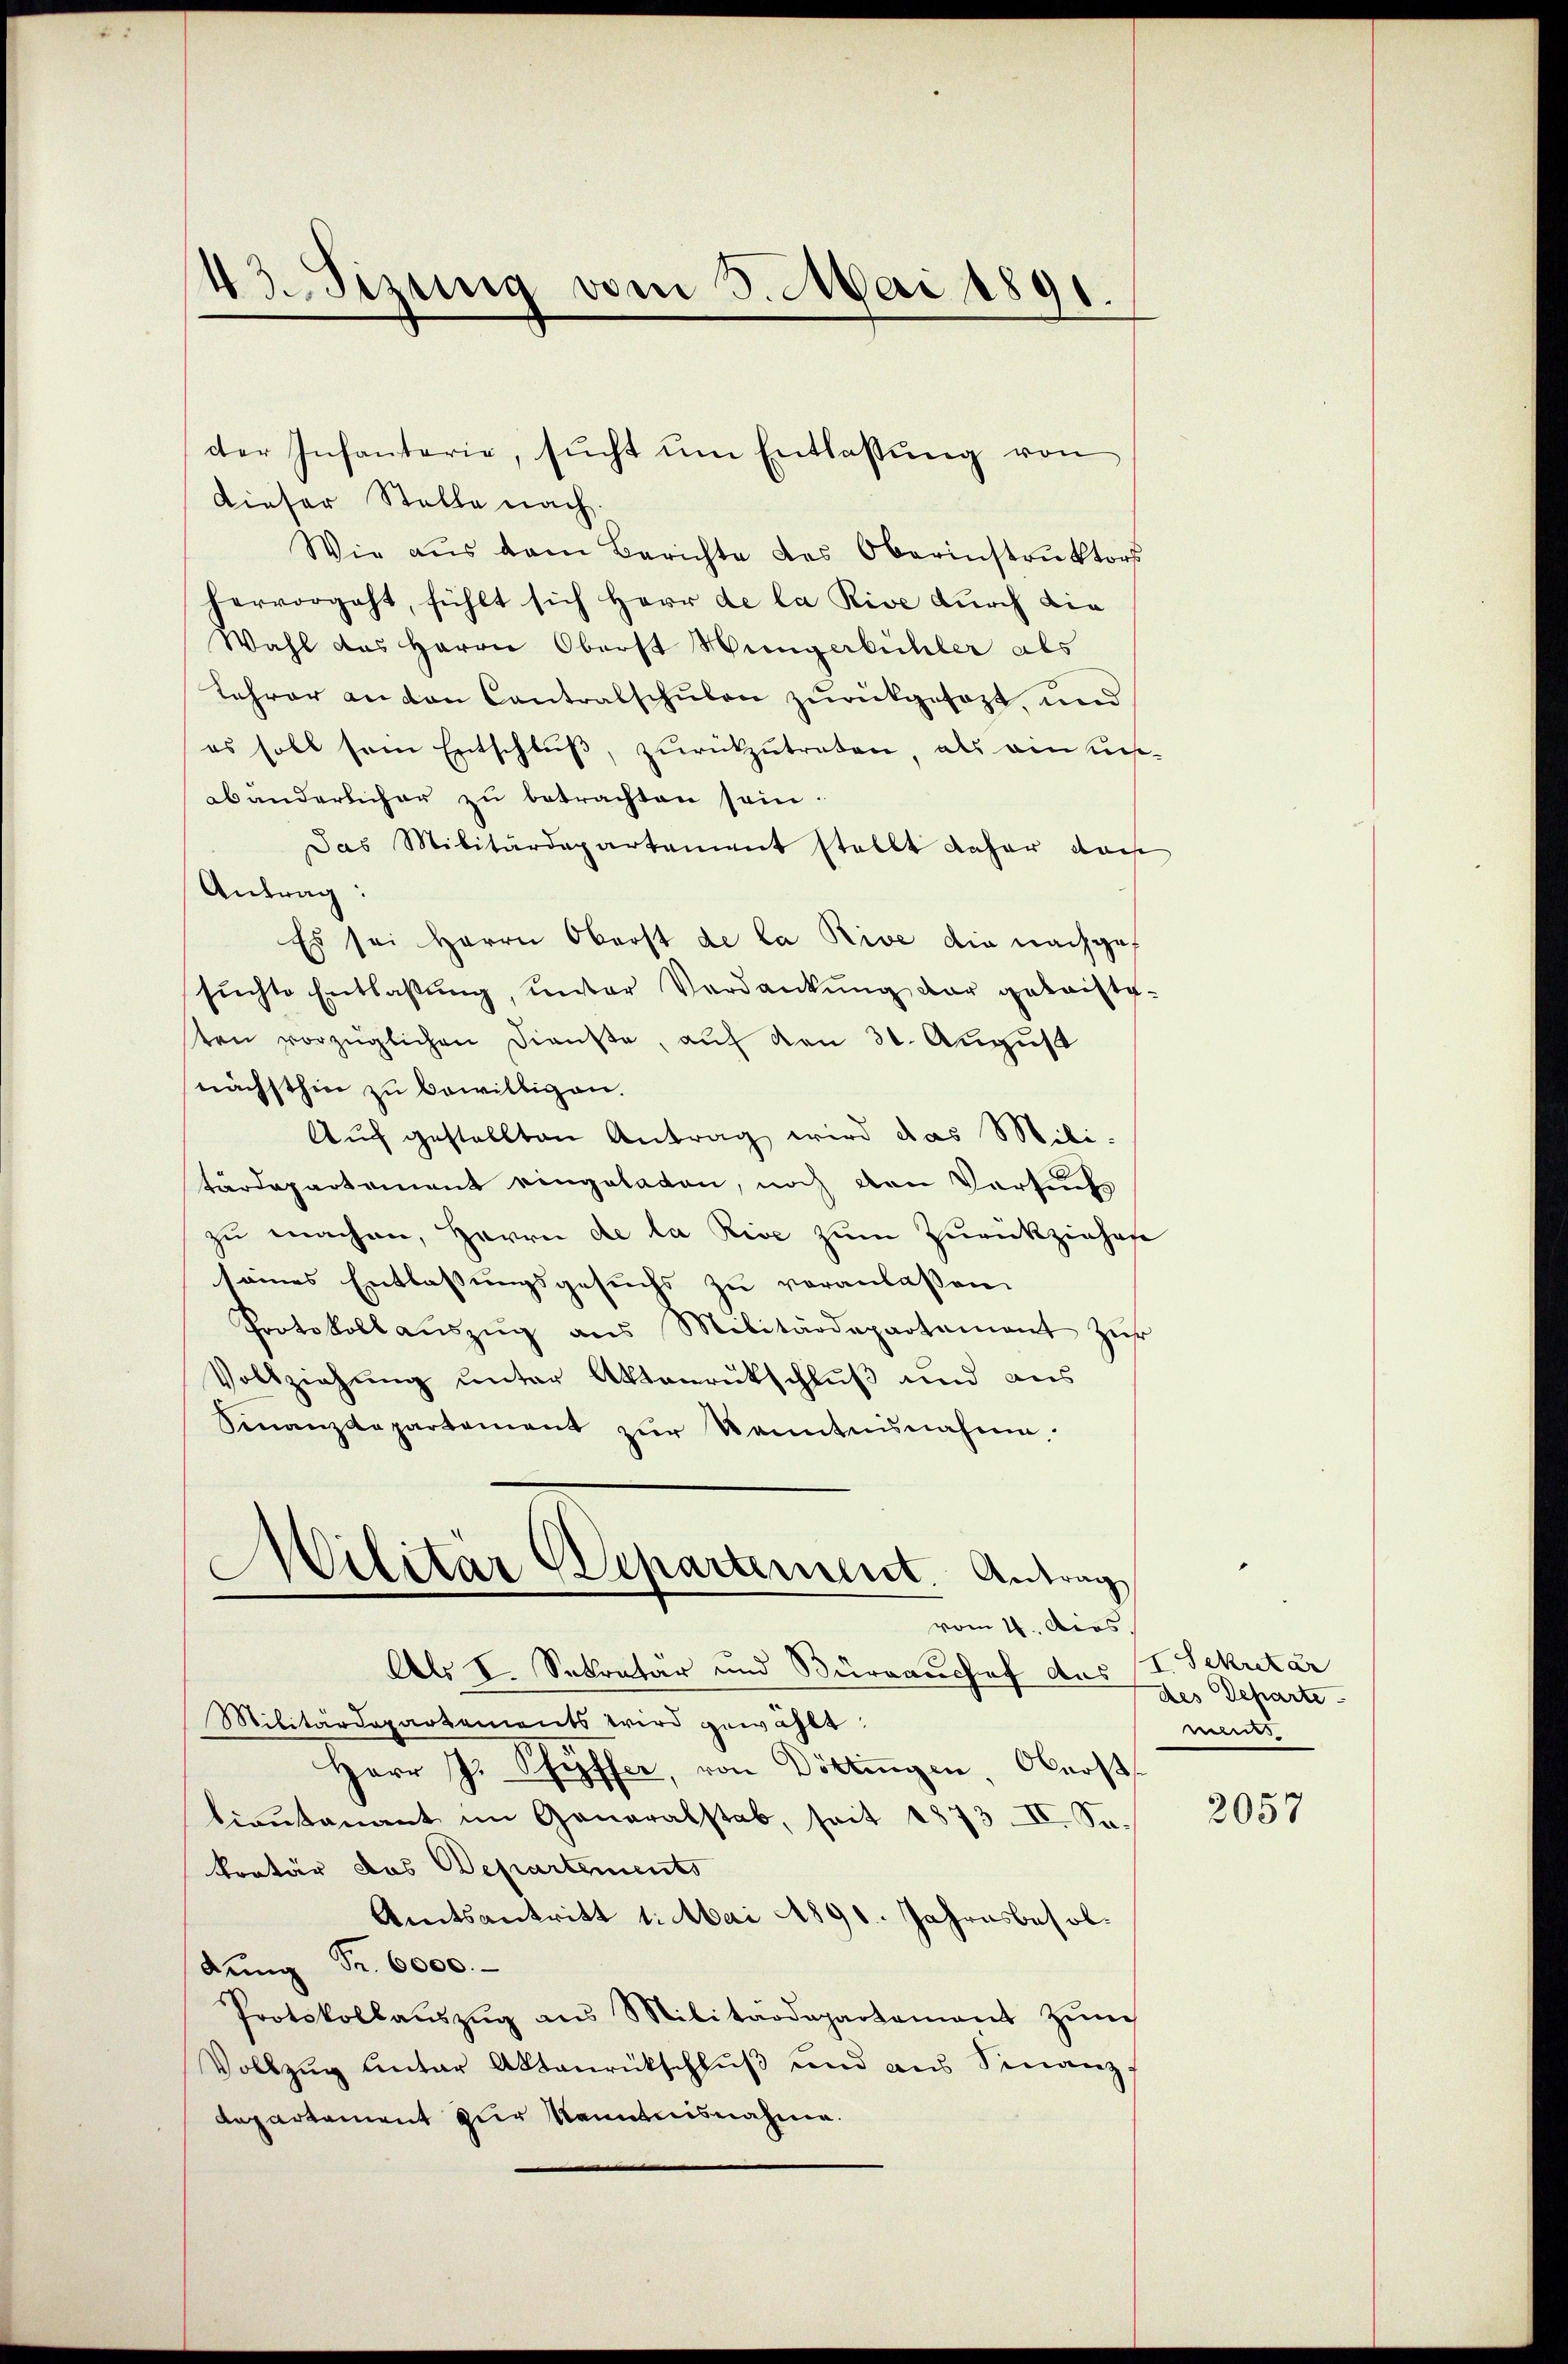
43. Sizung vom 3. Mai 1891.

der Infanterie, sŭcht ŭm Entlassŭng von
Dieser Stelle nach.
Wie aus dem Berichte des Oberinstrŭktors
hervorgeht, fühlt sich Herr de la Rive durch die
Wahl das Herrn Oberst Hungerbühler als
Lehrer anton Contralschulen zurückgesezt, und
es soll sein Entschlŭβ, zŭrückzutreten, als ein uns
abanderlicher zŭ betrachten sein.
Das Militärdepartement stellt daher dan
Antrag:
Es sei Herrn Oberst de la Rive die nachgef
sŭchte Entlaßung, unter Verdankŭng der geleiste
ten vorzüglichen Dienste, auf von 30. August
nächsthin zu bewilligen.
Auf gestellten Antrag wird das Militärdepartement eingeladen, noch den Versuchs
zu machen, Herrn de la Rive zum Zurückziehes
seines Entlassungsgesuchs zu veranlassen.
Protokoll aŭszŭg ans Militärdepartament zŭr
Vollziehung unter Aktenrückschluß und aus
Sinanzdepartement zŭr Kenntnisnahme.
Militär Departement. Antrag
vom 4. Apos.
Als I. Sekretar und Burrauchef das
Militärdepartements wird gewählt:
Herr J. Schiffer, von Döttingen, Obers
lieutenant im Generalstab, seit 1873. II. Se.
kretär das Departements
Amtsantritt 1. Mai 1891. Jahresbesoldŭng Fr. 6000.
Protokollaŭszŭg ans Militärdepartement Zŭn
Vollzŭg unter Aktenrückschlŭβ und aus Sinanz
Repartement zur Kenntnisnahme.

Sekretär
des Scharte
ments

2057